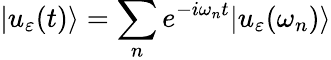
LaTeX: |u_{\varepsilon}(t)\rangle=\sum_{n}e^{-i\omega_{n}t}|u_{\varepsilon}(\omega_{n})\rangle